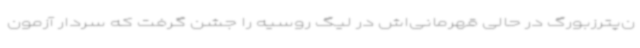
ن‌پترزبورگ در حالی قهرمانی‌اش در لیگ روسیه را جشن گرفت که سردار آزمون